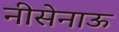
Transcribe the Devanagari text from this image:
नीसेनाऊ